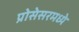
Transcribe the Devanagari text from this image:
प्रोसेसरमध्ये